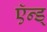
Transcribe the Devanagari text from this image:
ऍन्ड्